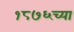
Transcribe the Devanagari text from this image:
१८७६च्या